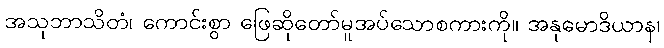
အသုဘာသိတံ၊ ကောင်းစွာ ဖြေဆိုတော်မူအပ်သောစကားကို။ အနုမောဒိယာန၊